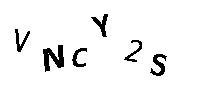
VNCY2S